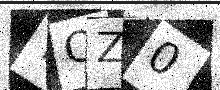
Text: YQZ0